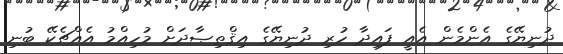
ދުނިޔޭގެ އެންމެން އެއީ ފައިދާ ހުރި ދުނިޔޭގެ އިޤްތިޞާދަށް މުހިއްމު އެއްޗެކޭ ބުނި